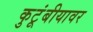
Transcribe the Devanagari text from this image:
कुटूंबीयावर